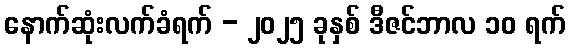
နောက်ဆုံးလက်ခံရက် - ၂၀၂၅ ခုနှစ် ဒီဇင်ဘာလ ၁၀ ရက်